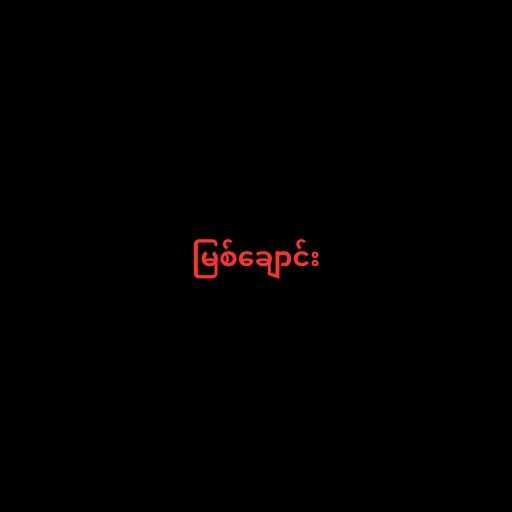
မြစ်ချောင်း